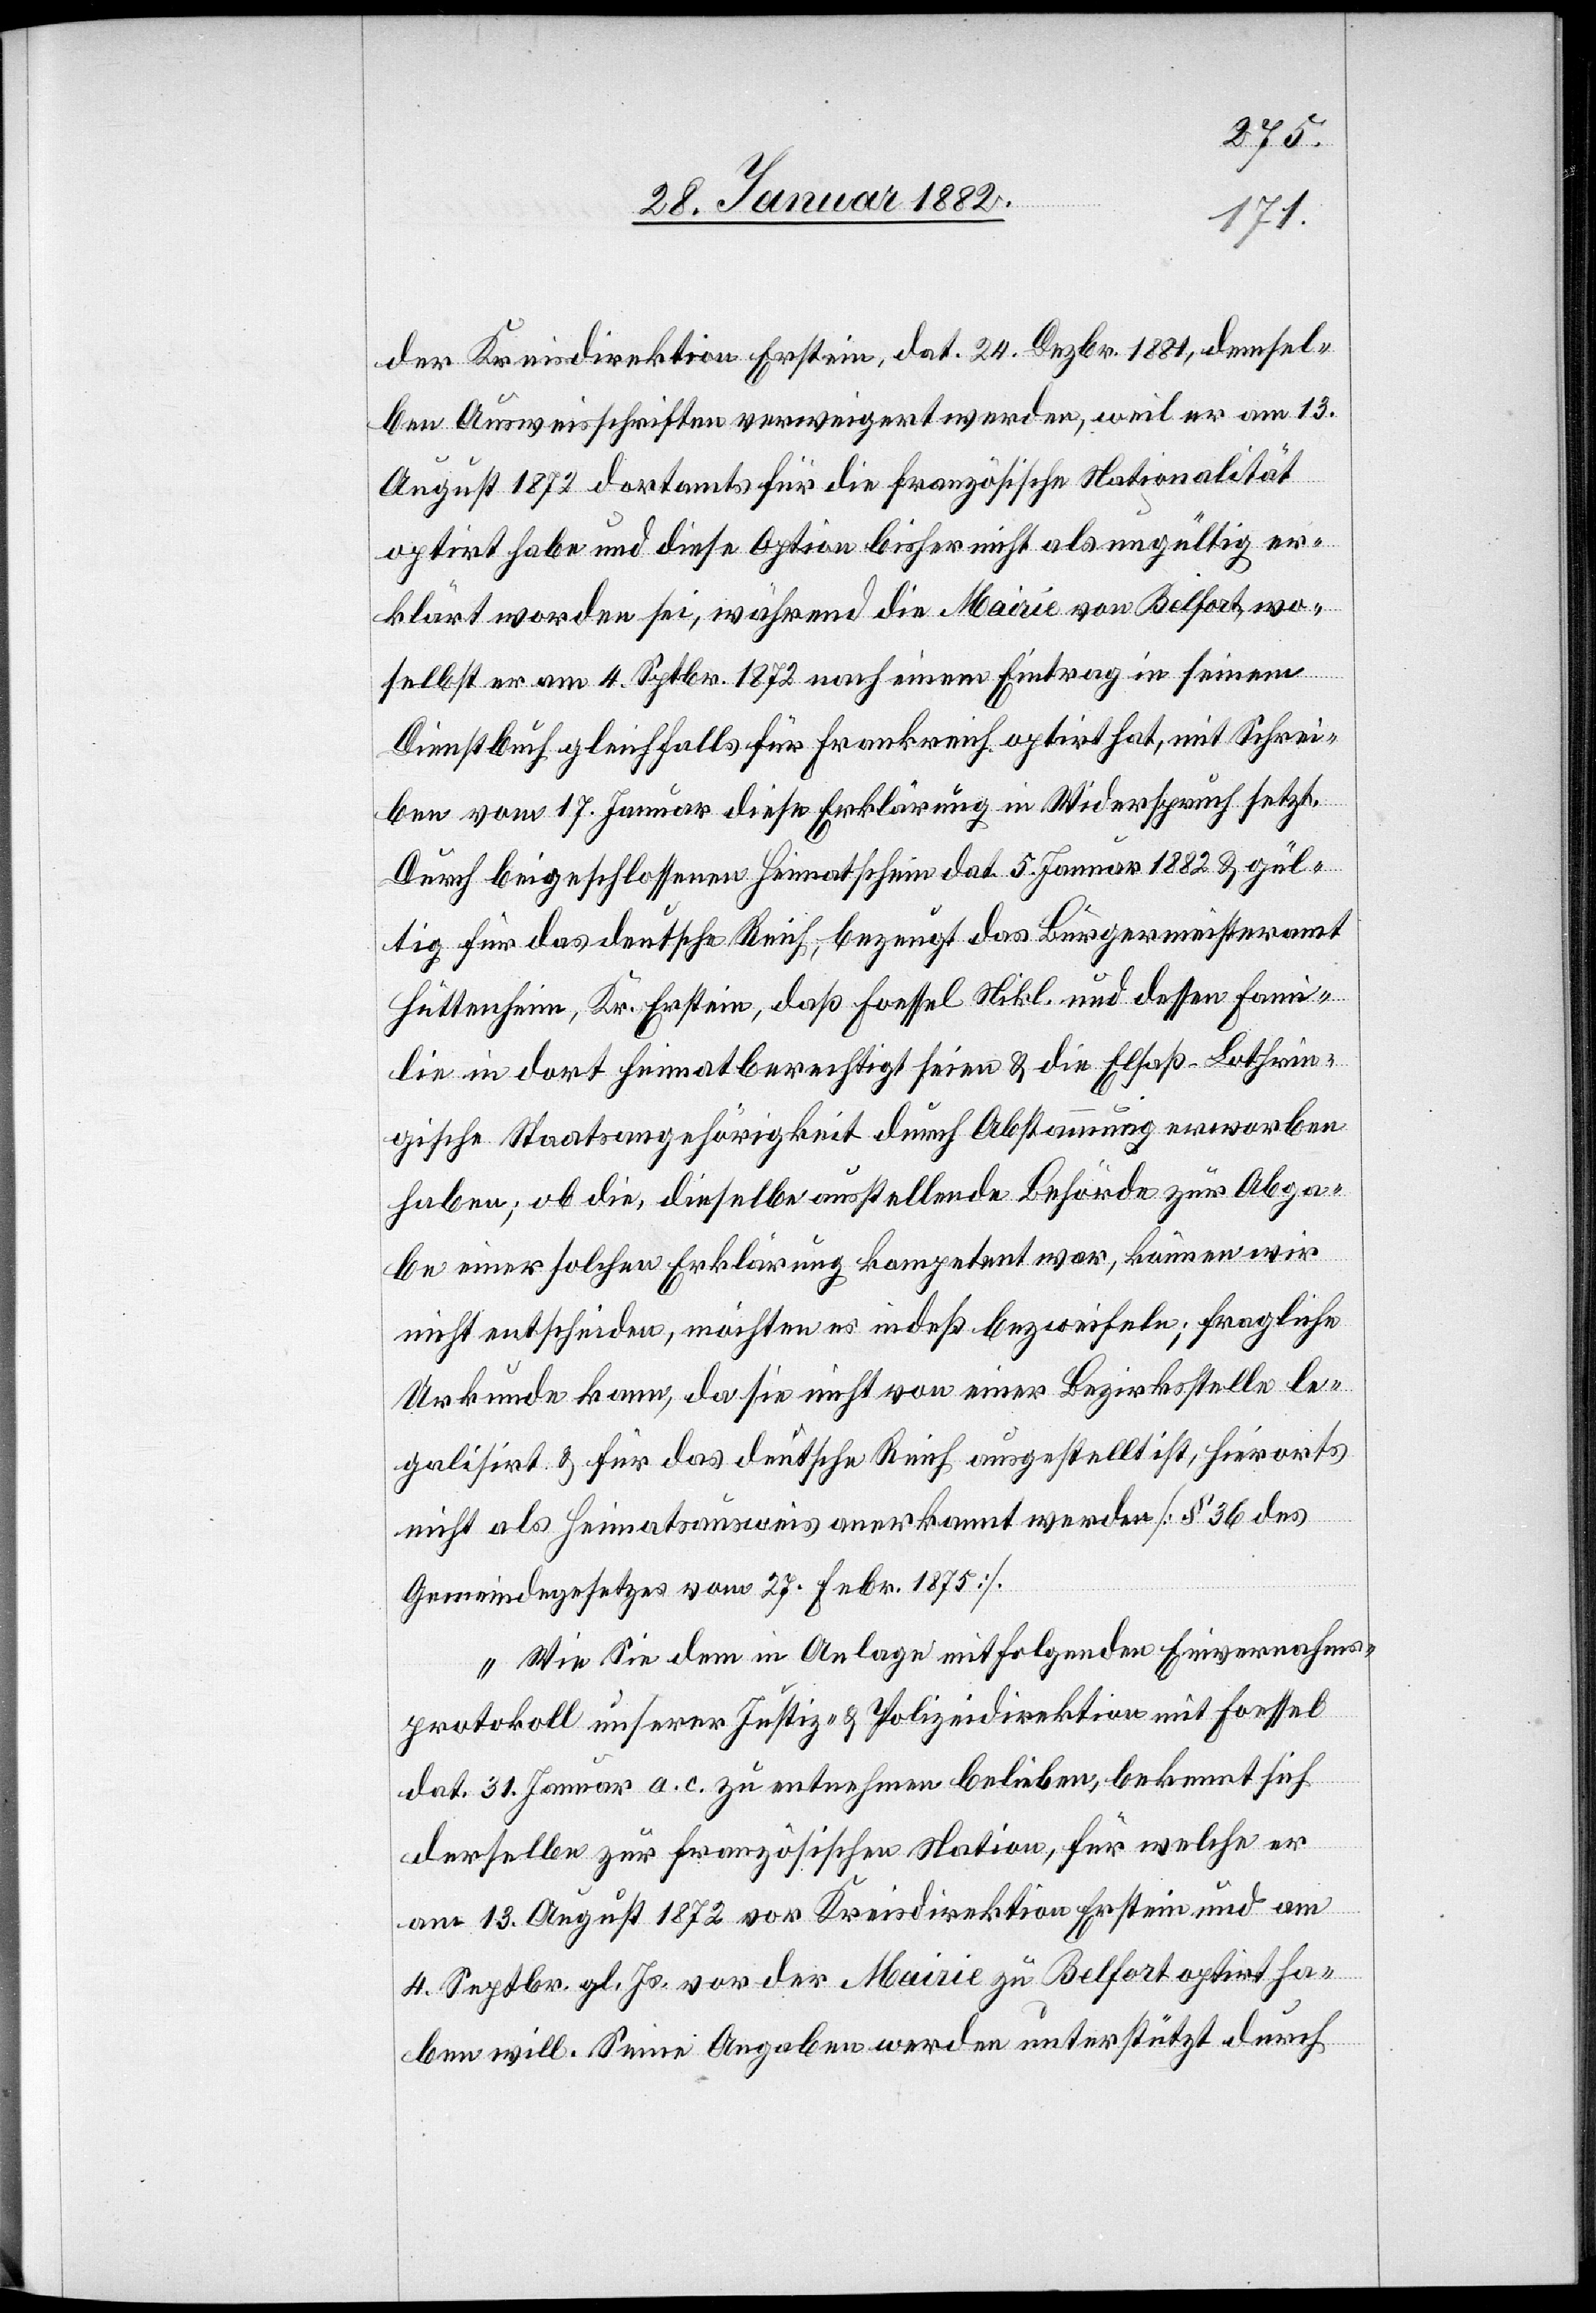
der Kreisdirektion Erstein, dat. 24. Dezbr. 1881, demsel¬
ben Ausweisschriften verweigert werden, weil er am 13.
August 1872 dortamts für die französische Nationalität
optirt habe und diese Option bisher nicht als ungültig er¬
klärt worden sei, während die Mairie von Belfort, wo¬
selbst er am 4. Sptbr. 1872 nach einem Eintrag in seinem
Dienstbuch gleichfalls für Frankreich optirt hat, mit Schrei¬
ben vom 17. Januar diese Erklärung in Widerspruch setzt.
Durch beigeschlossenen Heimatschein da. 5. Januar 1882 & gül¬
tig für das deutsche Recht, bezeugt das Bürgermeisteramt
Hüttenheim Kr. Erstein, daß Foessel Nikl. und dessen Fami¬
lie in dort heimatberechtigt seien & die Elsaß - Lothrin¬
gische Staatsangehörigkeit durch Abstammung erworben
haben; ob die, dieselbe ausstellende Behörde zur Abga¬
be einer solchen Erklärung kompetent war, können wir
nicht entscheiden, möchten es indeß bezweifeln; fragliche
Urkunde kann, da sie nicht von einer Bezirksstelle le¬
galisirt & für das deutsche Reich ausgestellt ist, hierorts
nicht als Heimatausweis anerkannt werden [§ 36 des
Gemeindegesetzes vom 27. Febr. 1875].
Wie sie dem in Anlage mitfolgenden Einvernahms¬
protokoll unserer Justiz- & Polizeidirektion mit Foessel
dat. 31. Januar a. c. zu entnehmen belieben, bekennt sich
derselbe zur französischen Nation, für welche er
am 13. August 1872 vor Kreisdirektion Erstein und am
4. Septbr. gl. Js. vor der Mairie zu Belfort optiert ha¬
ben will. Seine Angaben werden unterstützt durch